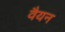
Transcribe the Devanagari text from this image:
वैयन